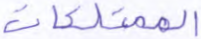
الممتلكات